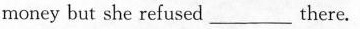
money but she refused___there.